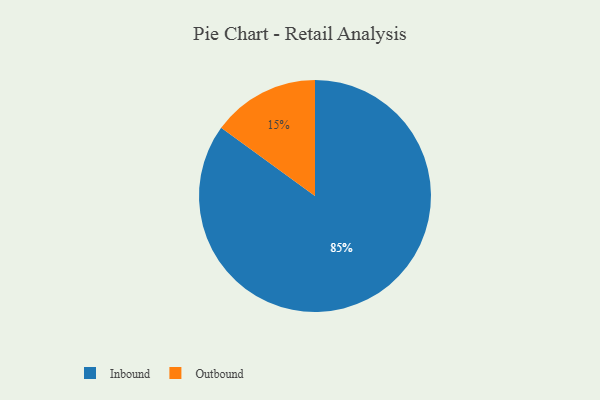
{"axis": {"x": "Category", "y": "Percentage"}, "legend": ["Inbound", "Outbound"], "data": [{"x": "Inbound", "y": 85, "type": "Inbound"}, {"x": "Outbound", "y": 15, "type": "Outbound"}]}